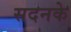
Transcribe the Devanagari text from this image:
सदनके